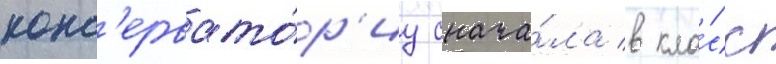
конс'ервато́р'иу снача́ла в кла́сс